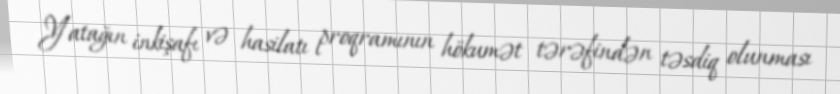
Yatağın inkişafı və hasilatı proqramının hökumət tərəfindən təsdiq olunması